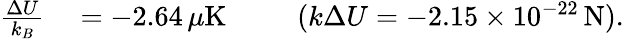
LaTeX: \begin{array}{rl}{\frac{\Delta U}{k_{B}}}&{{}=-2.64\, \mu\mathrm{K}\ \ \ \ \ \ \ \ \ \ (k\Delta U=-2.15\times 10^{-22}\, \mathrm{N}).}\end{array}